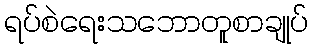
ရပ်စဲရေးသဘောတူစာချုပ်